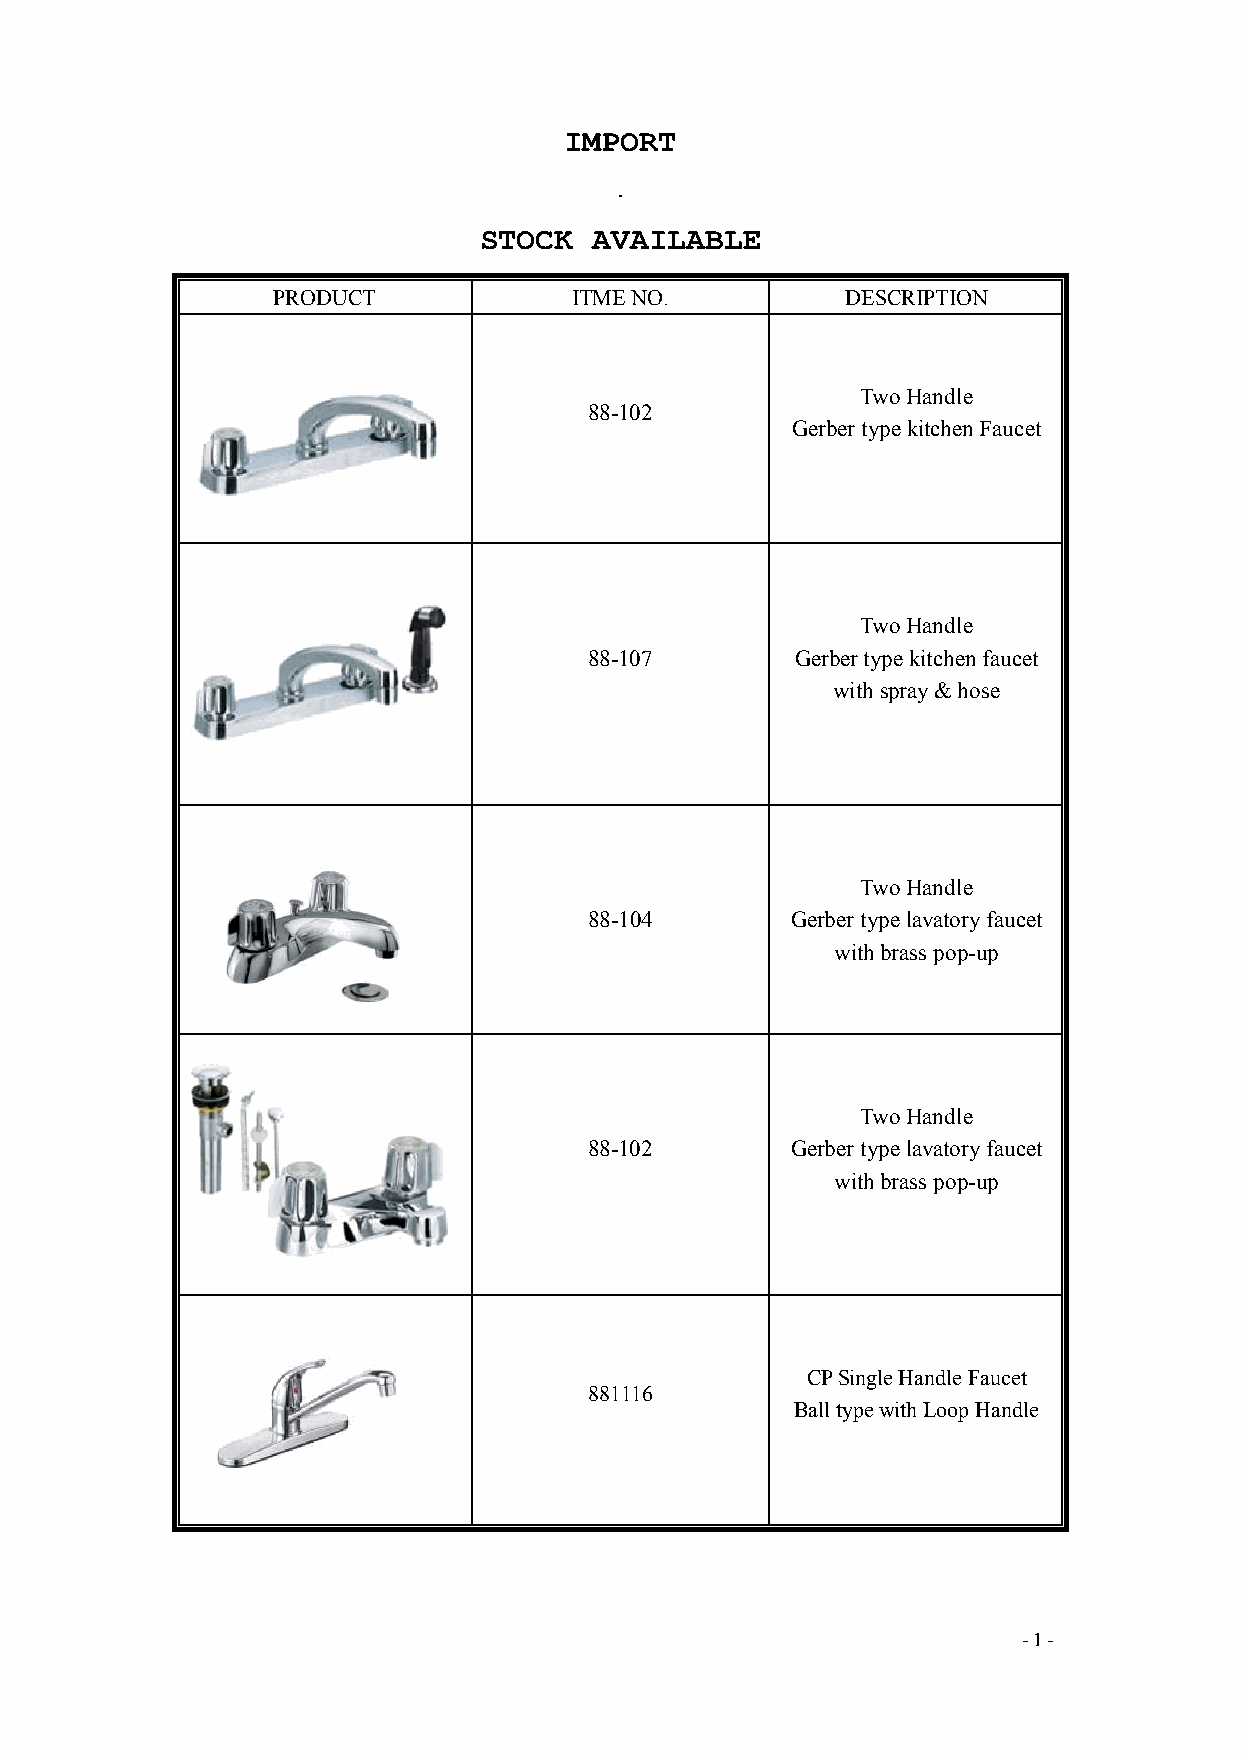
IMPORT
 .
 STOCK  AVAILABLE
 PRODUCT             ITME NO.          DESCRIPTION
 Two Handle
 88-102
 Gerber type kitchen Faucet
 Two Handle
 88-107        Gerber type kitchen faucet
 with spray & hose
 Two Handle
 88-104       Gerber type lavatory faucet
 with brass pop-up
 Two Handle
 88-102       Gerber type lavatory faucet
 with brass pop-up
 CP Single Handle Faucet
 881116
 Ball type with Loop Handle
 - 1 -